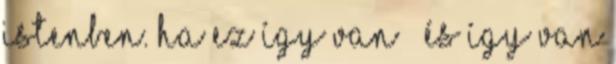
Istenben. Ha ez így van – és így van